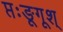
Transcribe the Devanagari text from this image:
प्तःङूगूश्